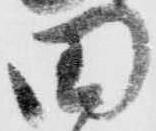
田